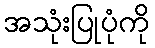
အသုံးပြုပုံကို